Calcutta medical institutions reports 1871-78
Year: 1871
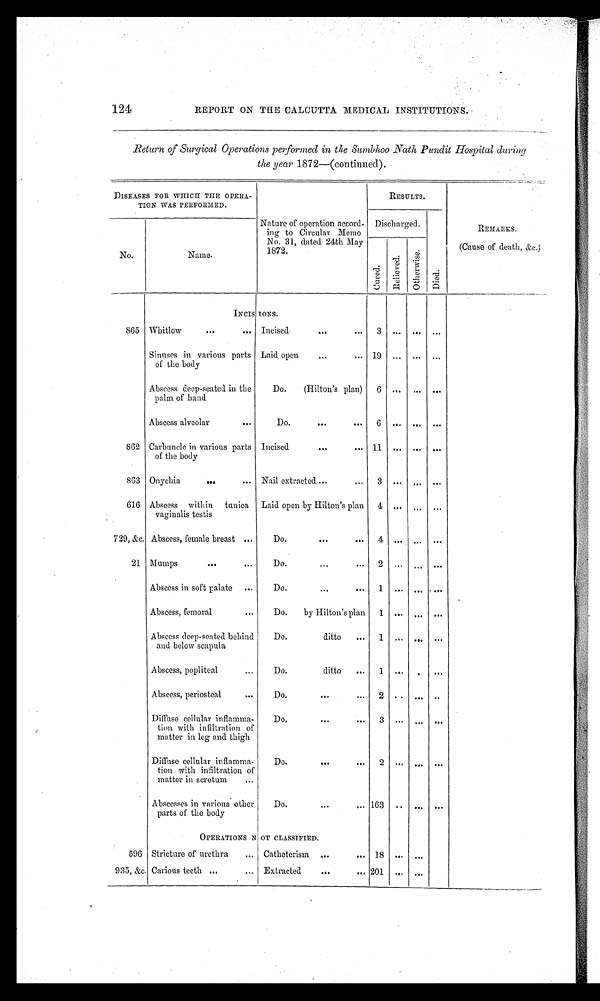
124 REPORT ON THE CALCUTTA MEDICAL INSTITUTIONS.
Return of Surgical Operations performed in the Sumbhoo Na th Pundit Hospital during
the year 1872—(continued).
DISEASES FOR WHICH THE OPERA-
TION WAS PERFORMED.
Nature of operation accord-
ing to Circular Memo
No. 31, dated 24th May
1872.
RESULTS.
REMARKS.
(Cause of death &c.)
No.
Name.
Discharged.
Died.
Cured.
Re l i e ve d.
Ot h e r wi s e .
INCISIONS.
865 Whitlow
Incised
3 ... ... ...
Sinuses in various parts
of the body
Laid open
1 9
... ... ...
Abscess deep-seated in the
palm of hand
Do. (Hilton's plan) 6 ... ... ...
Abscess alveolar
Do.
6 ... ... ...
862 Carbuncle in various parts
of the body
Incised
1 1
... ... ...
863 Onychia
Nail extracted
3 ... ... ...
616 Abscess within tunica
vaginalis testis
Laid open by Hilton's plan 4 ... ... ...
729, &c. Abscess, female breast
Do.
4 ... ... ...
21 Mumps
Do.
2 ... ... ...
Abscess in soft palate
Do.
1 ... ... ...
Abscess, femoral
Do. by Hilton's plan 1 ... ... ...
Abscess deep-seated behind
and below scapula
Do. ditto
1 ... ... ...
Abscess, popliteal
Do.
ditto
1 ... ... ...
Abscess, periosteal
Do.
2 ... ... ...
Diffuse cellular inflamma-
tion with infiltration of
matter in leg and thigh
Do.
3
... ... ...
Diffuse cellular inflamma-
tion with infiltration of
matter in scrotum
Do.
2 ... ... ...
Abscesses in various other
parts of the body
Do.
1 6 8
... ... ...
OPERATIONS NOT CLASSIFIED.
596 Stricture of urethra
Catheterism
18 ... ...
935, &c. Carious teeth
Extracted
201 ... ...